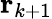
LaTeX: \mathbf{r}_{k+1}